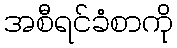
အစီရင်ခံစာကို